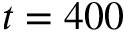
t = 4 0 0